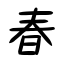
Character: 春